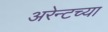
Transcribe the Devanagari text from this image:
अरेन्टच्या